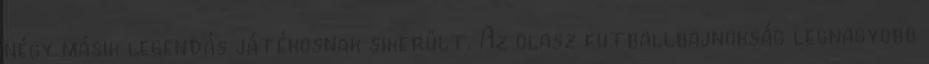
négy másik legendás játékosnak sikerült. Az olasz futballbajnokság legnagyobb